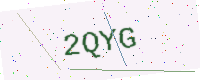
Text: 2QYG